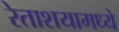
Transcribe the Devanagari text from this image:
रेताशयामध्ये